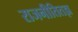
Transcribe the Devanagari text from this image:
राजनीतितज्ञ